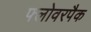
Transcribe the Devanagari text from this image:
फ्लोवरपैक